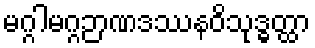
မဂ္ဂါမဂ္ဂဉာဏဒဿနဝိသုဒ္ဓတ္ထာ